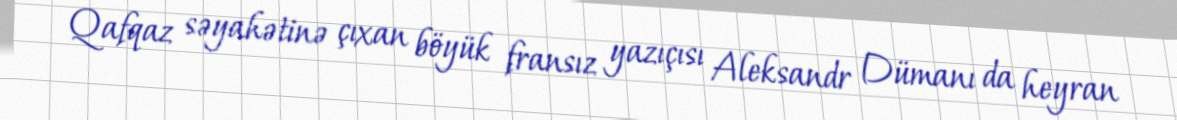
Qafqaz səyahətinə çıxan böyük fransız yazıçısı Aleksandr Dümanı da heyran